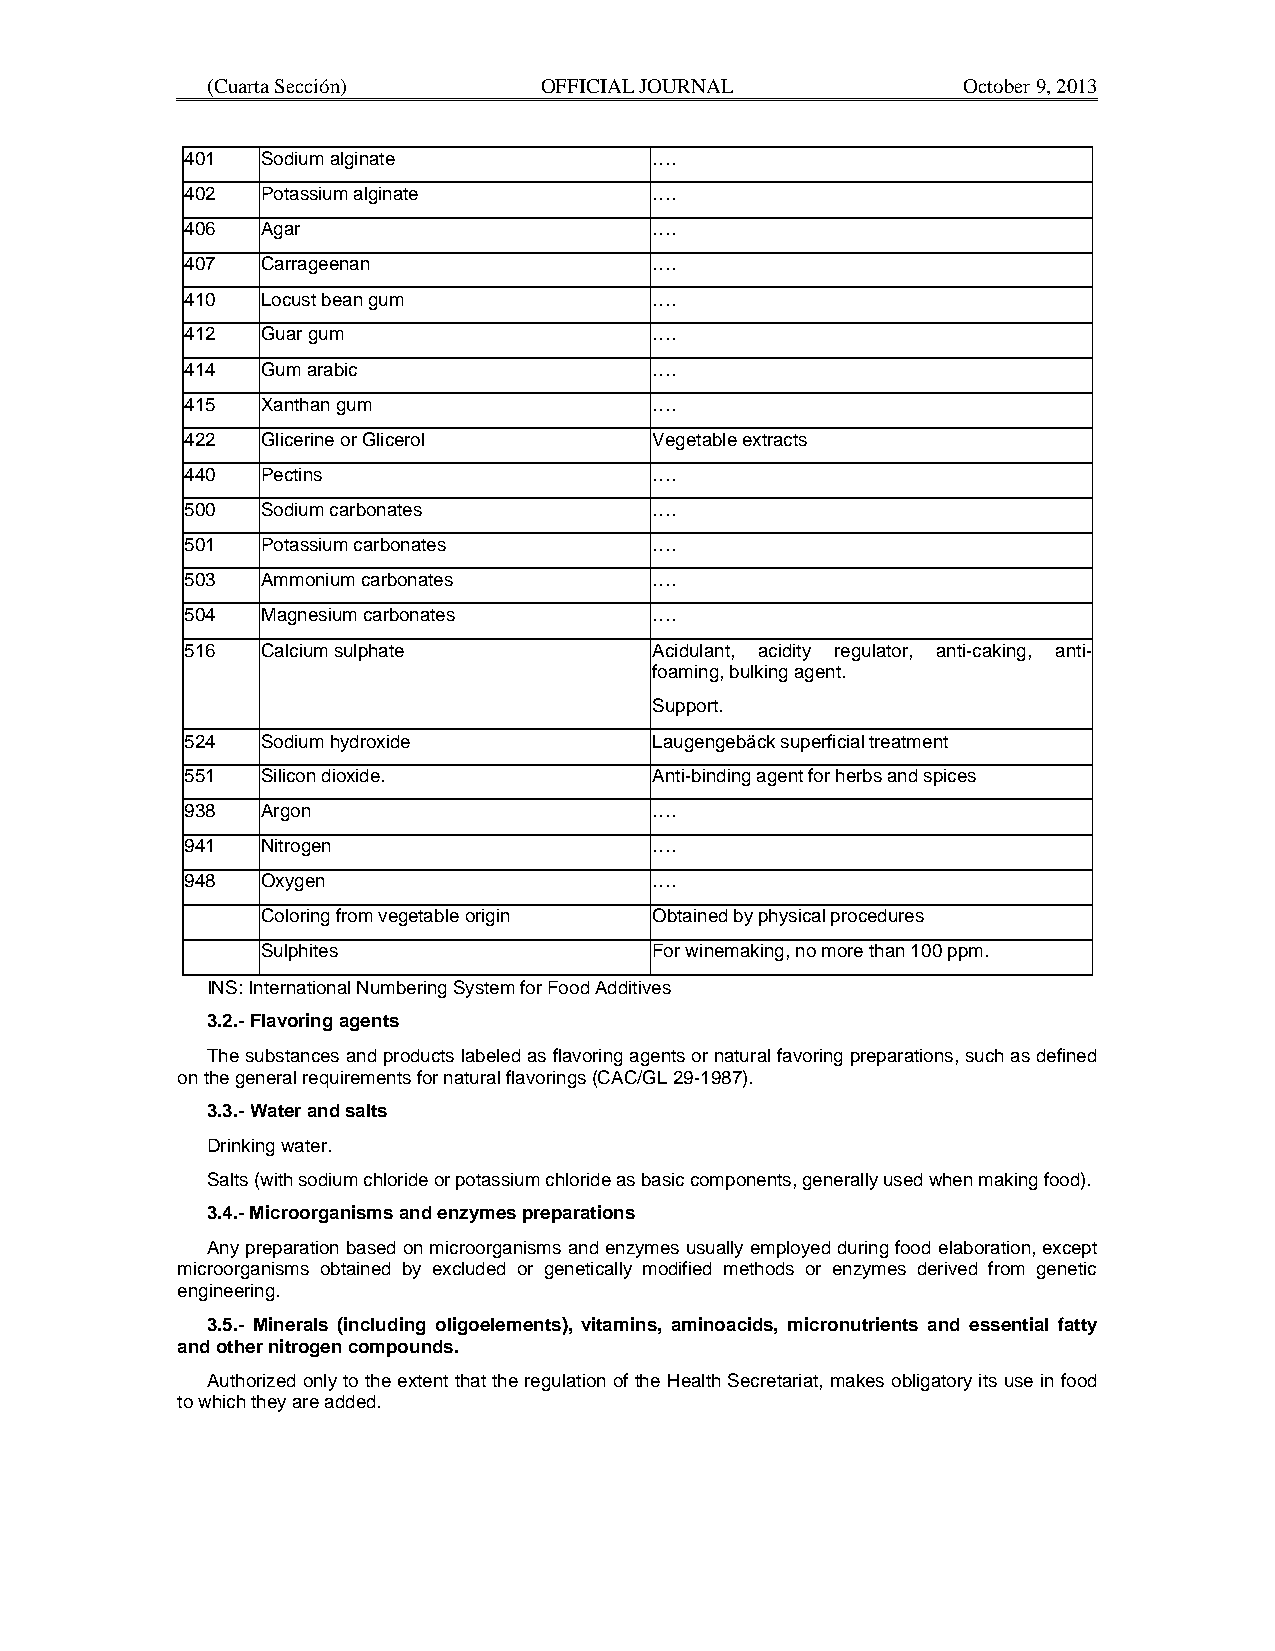
(Cuarta Sección)      OFFICIAL JOURNAL            October 9, 2013
 401  Sodium alginate           ….
 402  Potassium alginate        ….
 406  Agar                      ….
 407  Carrageenan               ….
 410  Locust bean gum           ….
 412  Guar gum                  ….
 414  Gum arabic                ….
 415  Xanthan gum               ….
 422  Glicerine or Glicerol     Vegetable extracts
 440  Pectins                   ….
 500  Sodium carbonates         ….
 501  Potassium carbonates      ….
 503  Ammonium carbonates       ….
 504  Magnesium carbonates      ….
 516  Calcium sulphate          Acidulant, acidity regulator, anti-caking, anti-
 foaming, bulking agent.
 Support.
 524  Sodium hydroxide          Laugengebäck superficial treatment
 551  Silicon dioxide.          Anti-binding agent for herbs and spices
 938  Argon                     ….
 941  Nitrogen                  ….
 948  Oxygen                    ….
 Coloring from vegetable origin Obtained by physical procedures
 Sulphites                 For winemaking, no more than 100 ppm.
 INS: International Numbering System for Food Additives
 3.2.- Flavoring agents
 The substances and products labeled as flavoring agents or natural favoring preparations, such as defined
 on the general requirements for natural flavorings (CAC/GL 29-1987).
 3.3.- Water and salts
 Drinking water.
 Salts (with sodium chloride or potassium chloride as basic components, generally used when making food).
 3.4.- Microorganisms and enzymes preparations
 Any preparation based on microorganisms and enzymes usually employed during food elaboration, except
 microorganisms obtained by excluded or genetically modified methods or enzymes derived from genetic
 engineering.
 3.5.- Minerals (including oligoelements), vitamins, aminoacids, micronutrients and essential fatty
 and other nitrogen compounds.
 Authorized only to the extent that the regulation of the Health Secretariat, makes obligatory its use in food
 to which they are added.